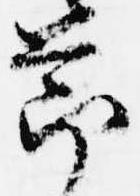
節